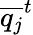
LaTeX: {\overline{{q_{j}}}^{t}}